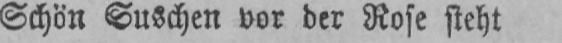
Schön Suschen vor der Rose steht